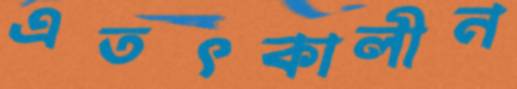
এতৎকালীন